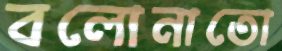
বলোনাতো